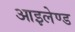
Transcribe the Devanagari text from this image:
आइलेण्ड